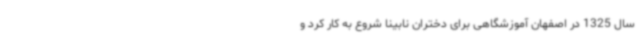
سال 1325 در اصفهان آموزشگاهی برای دختران نابینا شروع به کار کرد و